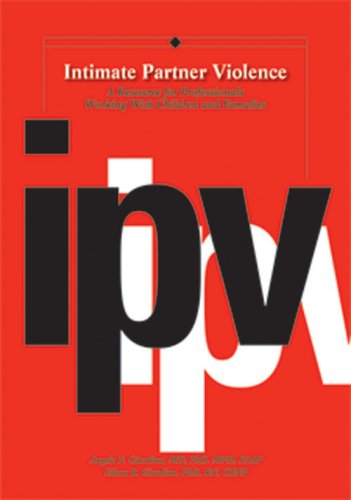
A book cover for Intimate Partner Violence; Angelo P. Giardino; Law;